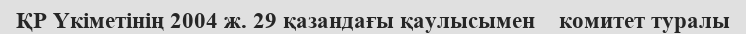
ҚР Үкіметінің 2004 ж. 29 қазандағы қаулысымен    комитет туралы